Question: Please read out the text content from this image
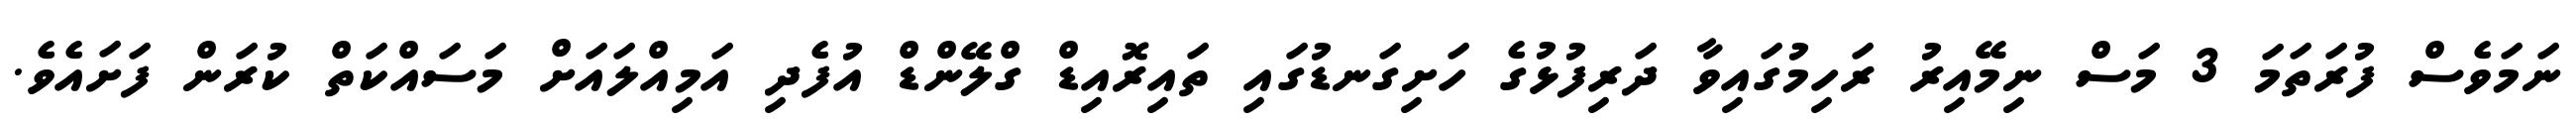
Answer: ނަމަވެސް ފުރަތަމަ 3 މަސް ނިމޭއިރު ރަހިމުގައިވާ ދަރިފުޅުގެ ހަށިގަނޑުގައި ތައިރޮއިޑް ގްލޭންޑް އުފެދި އަމިއްލައަށް މަސައްކަތް ކުރަން ފަށައެވެ.